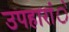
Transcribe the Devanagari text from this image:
उपहारांे